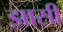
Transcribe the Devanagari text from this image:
झासी